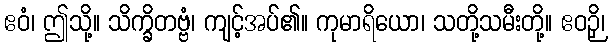
ဧဝံ၊ ဤသို့။ သိက္ခိတဗ္ဗံ၊ ကျင့်အပ်၏။ ကုမာရိယော၊ သတို့သမီးတို့။ ဧဝဉှိ၊